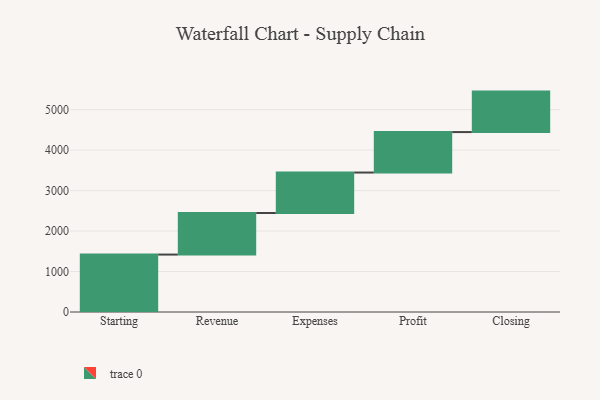
{"axis": {"x": "Step", "y": "Value"}, "legend": [""], "data": [{"x": "Starting", "y": 1419.0, "type": ""}, {"x": "Revenue", "y": 1027.0, "type": ""}, {"x": "Expenses", "y": 1000, "type": ""}, {"x": "Profit", "y": 1000, "type": ""}, {"x": "Closing", "y": 1000, "type": ""}]}